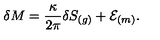
\delta M = { \frac { \kappa } { 2 \pi } } \delta S _ { ( g ) } + { \cal E } _ { ( m ) } .